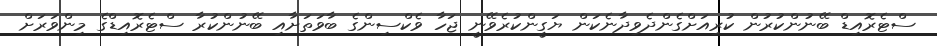
ސްޓެރޮއިޑް ބޭނުންކުރުން ކުރިއަށްގެންދެވިދާނެކަން ޔަގީންކުރެވޭނީ ޖަހާ ވެކްސިންގެ ބާވަތަށާއި ބޭނުންކުރާ ސްޓެރޮއިޑްގެ މިންވަރަށް